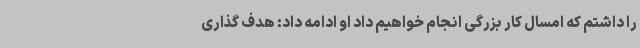
را داشتم که امسال کار بزرگی انجام خواهیم داد او ادامه داد: هدف گذاری